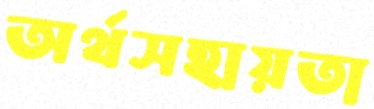
অর্থসহায়তা